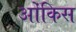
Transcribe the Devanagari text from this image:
ओंकिस